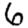
Digit: 6